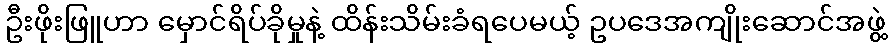
ဦးဖိုးဖြူဟာ မှောင်ရိပ်ခိုမှုနဲ့ ထိန်းသိမ်းခံရပေမယ့် ဥပဒေအကျိုးဆောင်အဖွဲ့